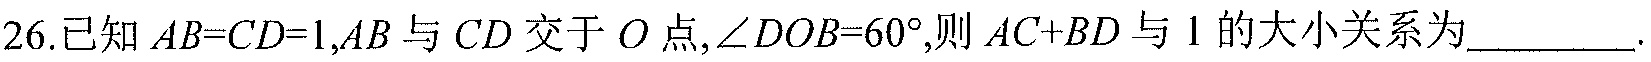
26.已知\(AB = CD = 1\),\(AB\)与\(CD\)交于\(O\)点,\(\angle DOB = 60^{\circ}\),则\(AC + BD\)与\(1\)的大小关系为________.